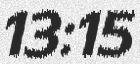
13:15